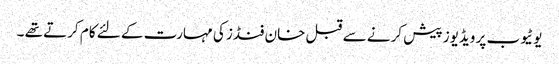
یوٹیوب پر ویڈیوز پیش کرنے سے قبل خان فنڈز کی مہارت کے لئے کام کرتے تھے ۔